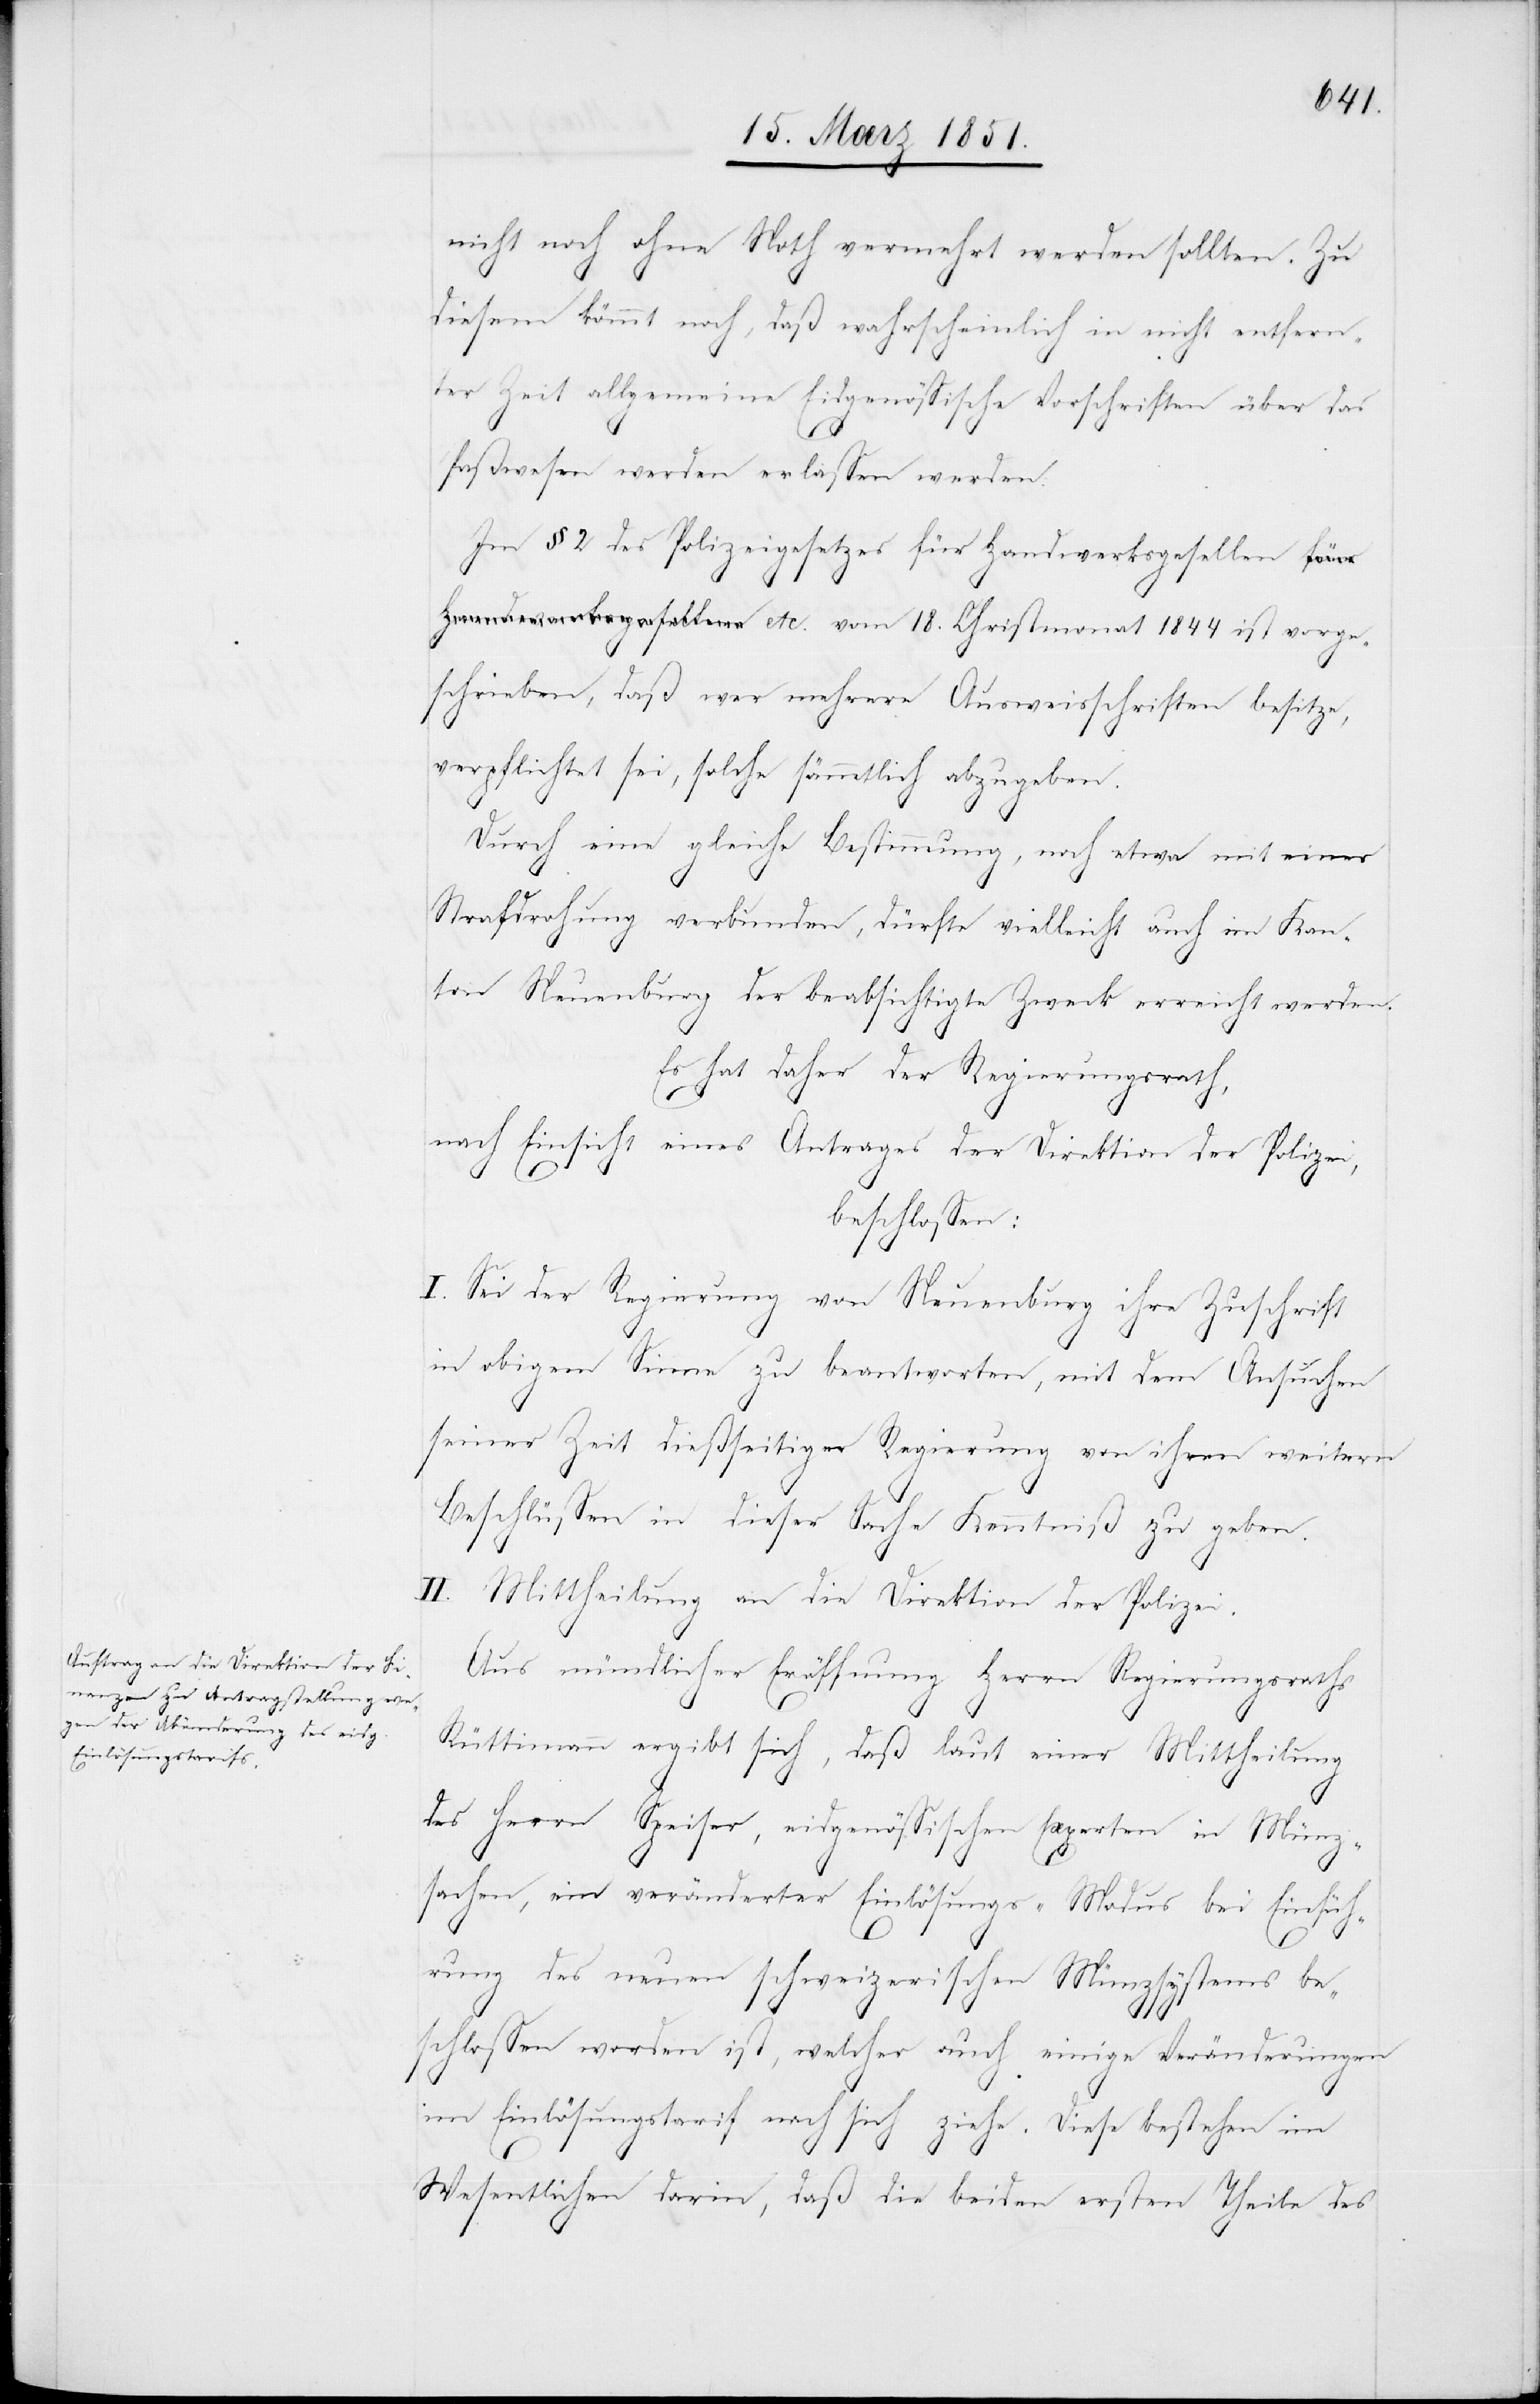
1844
nicht noch ohne Noth vermehrt werden sollten. Zu
diesem kömmt noch, daß wahrscheinlich in nicht entfern¬
ter Zeit allgemeine Eidgenössische Vorschriften über das
18.
Paßwesen werden erlassen werden.
Im § 2 des Polizeigesetzes für Handwerksgesellen etc.
schrieben, daß wer mehrere Ausweisschriften besitze,
verpflichtet sei, solche sämmtlich abzugeben.
Durch eine gleiche Bestimmung, noch etwa mit einer
Strafdrohung verbunden, dürfte vielleicht auch im Kan¬
ton Neuenburg der beabsichtigte Zweck erreicht werden.
Es hat daher der Regierungsrath,
vorge¬
nach Einsicht eines Antrages der Direktion der Polizei,
beschlossen:
I. Sei der Regierung von Neuenburg ihre Zuschrift
in obigem Sinne zu beantworten, mit dem Ansuchen
seiner Zeit dießseitiger Regierung von ihren weitern
Beschlüssen in dieser Sache Kenntniß zu geben.
II. Mittheilung an die Direktion der Polizei.
Aus mündlicher Eröffnung Herrn Regierungsraths
Rüttimann ergibt sich, daß laut einer Mittheilung
des Herrn Speiser, eidgenössischen Experten in Münz¬
sachen, ein veränderter Einlösungs-Modus bei Einfüh¬
rung des neuen schweizerischen Münzsystems be¬
schlossen worden ist, welcher auch einige Veränderungen
im Einlösungstarif nach sich ziehe. Diese bestehen im
ist
Wesentlichen darin, daß die beiden ersten Theile des